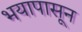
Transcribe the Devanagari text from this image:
भयापासून